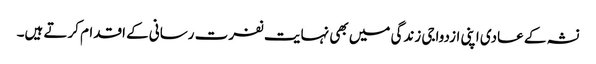
نشہ کے عادی اپنی ازدواجی زندگی میں بھی نہایت نفرت رسانی کے اقدام کرتے ہیں۔